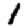
Digit: 1